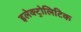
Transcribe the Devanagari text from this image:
इलेक्ट्रोलिटिक